Report on vaccination in Madras 1922-1929 - 1922-1929
Year: 1922
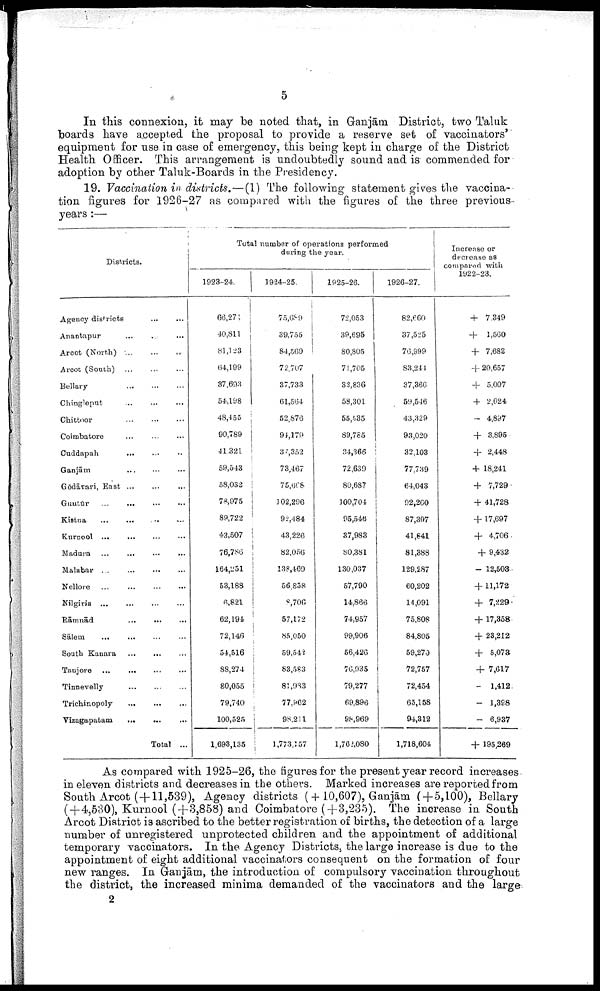
5
In this connexion, it may be noted that, in Ganjām. District, two Taluk
boards have accepted the proposal to provide a reserve set of vaccinators'
equipment for use in case of emergency, this being kept in charge of the District
Health Officer. This arrangement is undoubtedly sound and is commended for
adoption by other Taluk-Boards in the Presidency.
19. Vaccination in districts.—(1) The following statement gives the vaccina
tion figures for 1926-27 as compared with the figures of the three previous
years :—
Districts.
Agency districts
...
...
Anantapur ... ...
Arcot (North) ... ... ...
Arcot (South) ... ... ...
Bellary
...
...
...
Chingleput
...
...
...
Chittoor
...
...
...
Coimbatore ... ... ...
Cuddapah
...
...
...
Ganjām
...
...
...
Gōdāvari, East
...
...
...
Guntūr
...
...
...
...
Kistna ... ... ... ...
Kurnool
...
...
...
...
Madura ... ... ... ...
Malabar
...
...
...
...
Nellore
...
...
...
...
Nilgiris
...
...
...
...
Rāmnād
...
...
...
Sālem
...
...
...
...
South Kanara
...
...
...
Tanjore
...
...
...
...
Tinnevelly
...
...
...
Trichinopoly
...
...
...
Vizagapatam
...
...
...
Total ...
Total number of operations performed
during the year.
1923-24.
66,271
40,811
81,123
64,199
37,693
54,198
48,455
90,789
41,321
59,543
58,032
78,975
89,722
43,507
76,786
164,251
53,188
6,821
62,194
72,146
54,516
88,274
80,055
79,740
100,525
1,693,135
1924-25.
75,689
39,755
84,509
72,707
37,733
61,564
52,876
91,179
37,352
73,467
75,668
102,296
92,484
43,226
82,056
138,469
56,858
8,706
57,172
85,050
59,542
83,583
81,983
77,962
98,211
1,773,357
1925-26.
72,053
39,695
80,805
71,705
32,836
58,301
55,535
89,785
34,366
72,639
80,687
100,704
95,546
37,983
80,381
130,037
57,790
14,866
74,957
99,906
56,426
76,935
79,277
69,896
98,969
1,762,080
1926-27.
82,660
37,525
76,999
83,244
37,366
59,546
43,329
93,020
32,103
77,739
64,043
92,260
87,397
41,841
81,388
129,287
60,202
14,091
75,808
84,805
59,270
72,757
72,454
65,158
94,312
1,718,604
Increase or
decrease as
compared with
1922-23.
+ 7,349
+
1,560
+ 7,682
+ 20,657
+ 5,007
+ 2,624
- 4,897
+ 3,895
+ 2,448
+ 18,241
+ 7,729
+ 41,728
+ 17,697
+ 4,706
+ 9,432
- 12,503
+ 11,172
+ 7,229
+ 17,358
+ 23,212
+ 5,073
+ 7,617
-
1,412
-
1,398
- 6,937
+ 195,269
As compared with 1925-26, the figures for the present year record increases
in eleven districts and decreases in the others. Marked increases are reported from
South Arcot(+11,539), Agency districts (+ 10,607), Ganjām (+5,100), Bellary
(+4,530), Kurnool (+3,858) and Coimbatore (+3,235). The increase in South
Arcot District is ascribed to the better registration of births, the detection of a large
number of unregistered unprotected children and the appointment of additional
temporary vaccinators. In the Agency Districts, the large increase is due to the
appointment of eight additional vaccinators consequent on the formation of four
new ranges. In Ganjām, the introduction of compulsory vaccination throughout
the district, the increased minima demanded of the vaccinators and the large
2